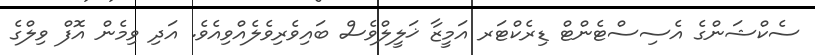
ސެކްޝަންގެ އެސިސްޓެންޓް ޑިރެކްޓަރ އަމީޒާ ޚަލީލްވެސް ބައިވެރިވެލެއްވިއެވެ. އަދި ވިމެން އޮފް ވިލްގެ